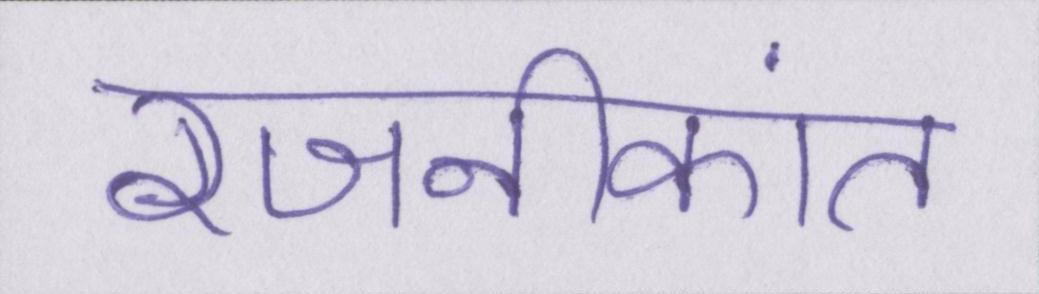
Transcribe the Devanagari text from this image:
रजनीकांत